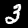
Digit: 3